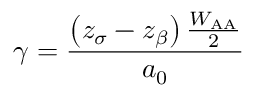
\gamma = { \frac { \left( z _ { \sigma } - z _ { \beta } \right) { \frac { W _ { \mathrm { A A } } } { 2 } } } { a _ { 0 } } }